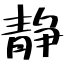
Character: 静